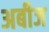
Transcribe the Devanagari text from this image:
अबीज